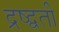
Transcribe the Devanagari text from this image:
द्रष्द्वती